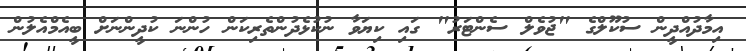
އިމާދުއްދީން ސުކޫލްގެ "ޖުވެލް ސެންޓަރު" ގައި ކިޔަވާ ނުކުޅެދުންތެރިކަން ހުންނަ ކުދީންނަށް ބީއެމްއެލުން